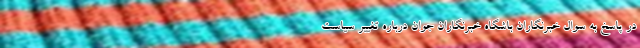
در پاسخ به سوال خبرنگاران باشگاه خبرنگاران جوان درباره تغییر سیاست